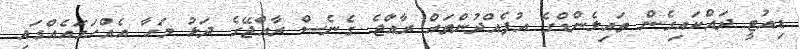
ޑިއުޓީ ދައްކައިގެން ތައިލެންޑްގެ އުފެއްދުންތައް ރާއްޖެ ގެނެސް ރާއްޖޭގެ ދަޅު މަހާ އެއްހަމައެއްގައި